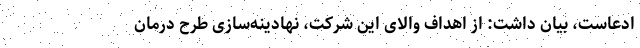
ادعاست، بیان داشت: از اهداف والای این شرکت، نهادینه­سازی طرح درمان